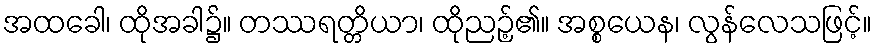
အထခေါ၊ ထိုအခါ၌။ တဿရတ္တိယာ၊ ထိုညဉ့်၏။ အစ္စယေန၊ လွန်လေသဖြင့်။